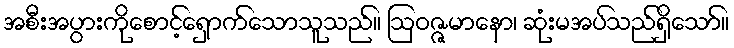
အစီးအပွားကိုစောင့်ရှောက်သောသူသည်။ ဩဝဇ္ဇမာနော၊ ဆုံးမအပ်သည်ရှိသော်။